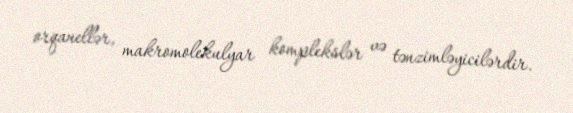
orqanellər, makromolekulyar komplekslər və tənzimləyicilərdir.